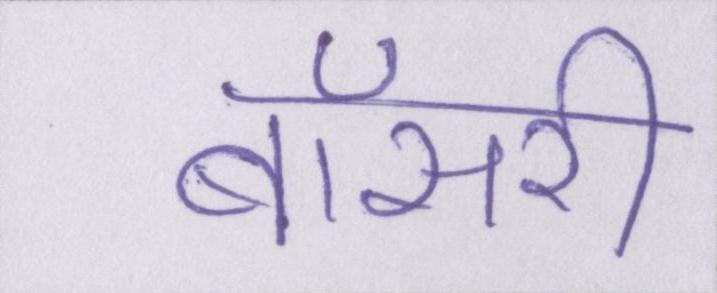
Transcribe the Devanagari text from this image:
बॉसरी